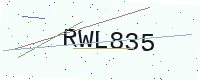
Text: RWL835